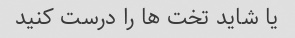
یا شاید تخت ها را درست کنید